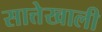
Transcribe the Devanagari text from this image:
सात्तेखाली